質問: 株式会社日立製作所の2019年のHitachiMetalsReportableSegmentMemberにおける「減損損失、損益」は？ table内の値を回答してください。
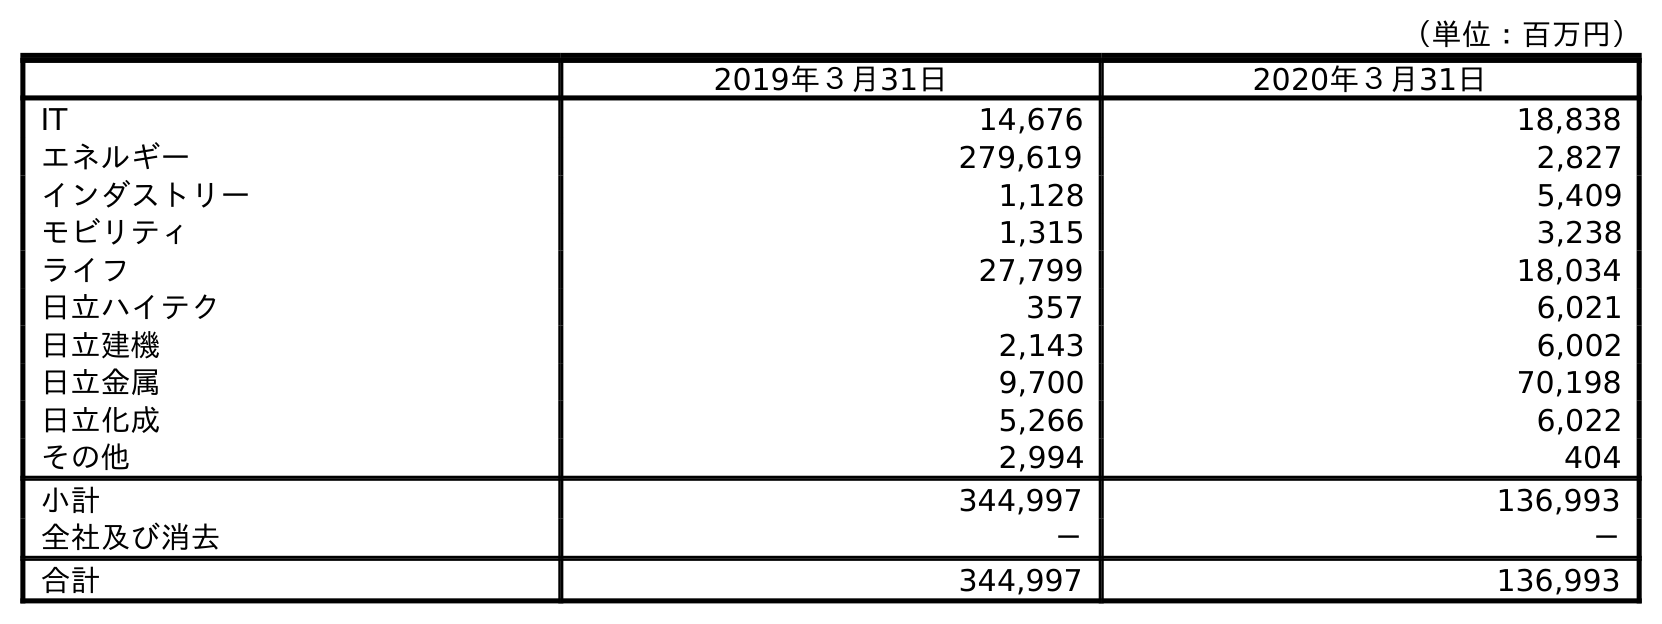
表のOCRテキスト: （単位：百万円） 2019年３月31日 2020年３月31日 IT 14,676 18,838 エネルギー 279,619 2,827 インダストリー 1,128 5,409 モビリティ 1,315 3,238 ライフ 27,799 18,034 日立ハイテク 357 6,021 日立建機 2,143 6,002 日立金属 9,700 70,198 日立化成 5,266 6,022 その他 2,994 404 小計 344,997 136,993 全社及び消去 － － 合計 344,997 136,993
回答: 9,700